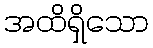
အထိရှိသော